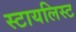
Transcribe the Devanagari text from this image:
स्टायलिस्ट